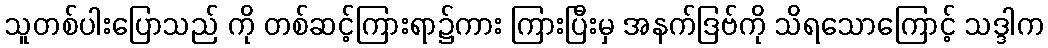
သူတစ်ပါးပြောသည် ကို တစ်ဆင့်ကြားရာ၌ကား ကြားပြီးမှ အနက်ဒြဗ်ကို သိရသောကြောင့် သဒ္ဒါက